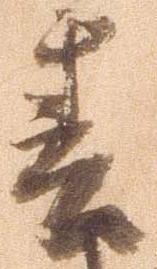
春